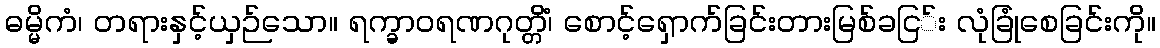
ဓမ္မိကံ၊ တရားနှင့်ယှဉ်သော။ ရက္ခာဝရဏဂုတ္တိံ၊ စောင့်ရှောက်ခြင်းတားမြစ်ခငြ်း လုံခြုံစေခြင်းကို။